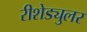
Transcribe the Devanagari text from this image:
रीशेड्युलर